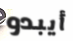
أيبدو